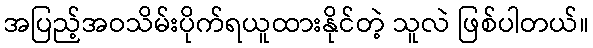
အပြည့်အဝသိမ်းပိုက်ရယူထားနိုင်တဲ့ သူလဲ ဖြစ်ပါတယ်။